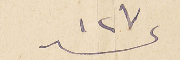
عدد ١٢٧